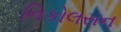
નિકોલસન